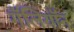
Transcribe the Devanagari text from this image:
गॅलियॉन